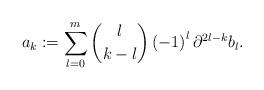
LaTeX: \begin{align*}a_{k}:=\sum_{l=0}^{m}\dbinom{l}{k-l}\left( -1\right) ^{l}\partial^{2l-k}b_{l}. \end{align*}